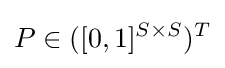
P\in ([0,1]^{S\times S})^{T}